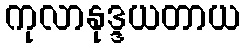
ကုလာနုဒ္ဒယတာယ